Memorandum on the prevention of leprosy by segregation of the affected
Disease focus: Leprosy
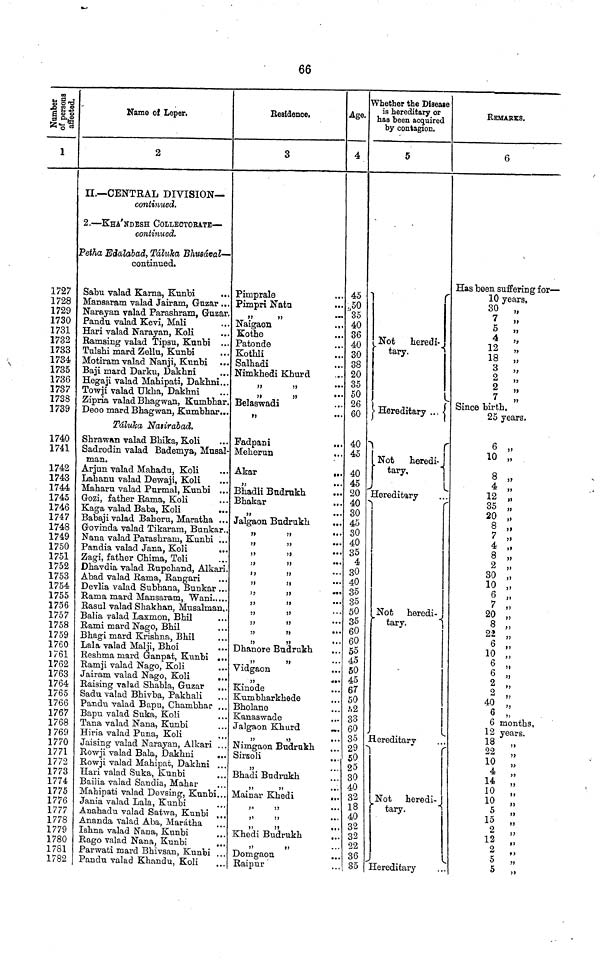
66
Number of persons affected.
1
1727
1728
1729
1730
1731
1732
1733
1734
1735
1736
1737
1738
1739
1740
1741
1742
1743
1744
1745
1746
1747
1748
1749
1750
1751
1752
1753
1754
1755
1756
1757
1758
1759
1760
1761
1762
1763
1764
1765
1766
1767
1768
]769
1770
1771
1772
1773
1774
1775
1776
1777
1778
1779
1780
1781
1782
Name of Leper.
2
II.— CENTRAL DIVISION—
continued.
2. — KHA'NDESH COLLECTOrATE —
continued.
Petha Edalabad, Taluka Bhusaval —
continued.
Sabu valad Kama, Kunbi
...
Mansaram valad Jairam, Guzar ...
Narayan valad Parashram, Guzar.
Pandu valad Kevi, Mali
Hari valad Narayan, Koli
Ramsing valad Tipsu, Kunbi ...
Tulshi mard Zellu, Kunbi
Motiram valad Nanji, Kunbi
Baji mard Darku, Dakhni
Hegaji valad Mahipati, Dakhni...
Towji valad Ukha, Dakhni
Zipria valad Bhagwan, Kumhhar.
Deoo mard Bhagwan, Kumbhar...
Taluka Nasirabad.
Shrawan valad Bhika, Koli
Sadrodin valad Bademya, Musal-
man.
Arjun valad Mahadu, Koli
Lahanu valad Dewaji, Koli
Maham valad Purmal, Kunbi ...
Gozi, father Rama, Koli
Kaga valad Baba, Koli
Babaji valad Baheru, Maratha ...
Govinda valad Tikararn, Bunkar..
Nana valad Parashram, Kunbi ...
Pandia valad Jana, Koli
Zagi, father Chima, Teli
Dhavdia valad Rupchand, Alkari.
Abad valad Rama, Rangari
Devlia valad Subhana, Bunkar ...
Rama mard Mansaram, Wani
Rasul valad Shakhan, Musalman,
Balia valad Laxmon, Bhil
Rami mard Nago, Bhil
Bhagi mard Krishna, Bhil
Lala valad Malji, Bhoi
Reshma mard Ganpat, Kunbi ..
Ramji valad Nago, Koli
Jairam valad Nago, Koli
..
Raising valad Shabla, Guzar
Sadu valad Bhivba, Pakhali
Pandu valad Bapu, Chambhar ..
Bapu valad Suka, Koli
Tana valad Nana, Kunbi
Hiria valad Puna, Koli
Jaising valad Narayan, Alkari
Rowji valad Bala, Dakhni
Rowji valad Mahipat, Dakhni ..
Hari valad Suka, Kunbi
Bailia valad Sandia, Mahar
Mahipati valad Devsing, Kunbi..
Jania valad Lala, Kunbi
Anahadu valad Satwa, Kunbi
Ananda valad Aba, Maratha
Ishna valad Nana, Kunbi
Rago valad Nana, Kunbi
Parwati mard Bhivsan, Kunbi
Pandu valad Khandu, Koli
Residence.
3
Pimprale
Pimpri Natu
"
"
Naigaon
Kothe
Patonde
Kothli
Salhadi
Nimkhedi Khurd
"
"
"
"
Belaswadi
"
"
Fadpani
Meherun
Akar
...
,,
...
Bhadli Bndrnkh
Bhakar
"
Jalgaon Budrukh
"
"
"
"
"
"
"
" "
"
"
"
"
Dhanore Budrukh
"
Vidgaon
"
Kinode
Kumbharkhede
Bholane
Kanaswade
Jalgaon Khurd
...
"
Nimgaon Budrukh
Sirsoli
"
Bhadi Budrukh
"
Mainar Khedi
...
"
Khedi Budrukh
Domgaon
Raipur
Age.
4
45
,50
35
40
36
40
30
38
20
35
50
26
60
40
45
40
45
20
40
30
45
30
40
35
4
30
40
35
35
50
35
60
60
55
45
50
45
67
50
32
33
60
35
29
50
25
30
40
32
18
40
32
32
22
36
35
Whether the Disease
is hereditary or
has been acquired
by contagion.
5
Not heredi-
tary.
Hereditary
Not heredi-
tary.
Hereditary
Not
heredi-
tary.
Hereditary
Not
heredi-
tary.
Hereditary
REMARKS.
6
Has been suffering for —
10 years,
30 „
7 „
5 „
4 „
12 „
18 „
3 „
2 „
2 „
7 „
Since birth,
25 years.
6 „
10 „
8 „
4 „
12 ,,
35 ,.
20 „
8 „
7 "
55
4 „
8 „
2 ,,
30 „
10 „
6 „
7 „
20 „
8 "
22 „
6 "
10 ,,
6 "
6 "
2 "
2 "
40 "
6 "
6 months.
12 years.
18 "
22 "
10 "
4 "
14 "
10 "
5 "
15 "
2 "
12 "
2 "
5 "
5 "